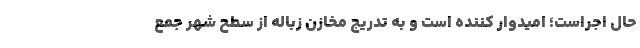
حال اجراست؛ امیدوار کننده است و به تدریج مخازن زباله از سطح شهر جمع